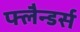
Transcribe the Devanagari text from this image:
फ्लैन्डर्स